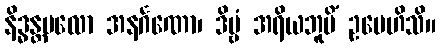
နိဒ္ဓန္တမလော အနင်္ဂဏော၊ ဒိဗ္ဗံ အရိယဘူမိံ ဥပေဟိသိ။